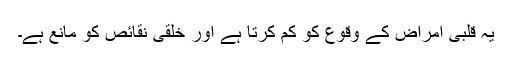
یہ قلبی امراض کے وقوع کو کم کرتا ہے اور خلقی نقائص کو مانع ہے۔